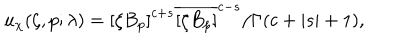
u _ { \chi } ( \zeta , p ; \lambda ) = { [ \zeta B _ { p } ] } ^ { c + s } { \overline { { { [ \zeta B _ { p } ] } } } } ^ { c - s } / \Gamma ( c + | s | + 1 ) ,